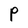
Character: P